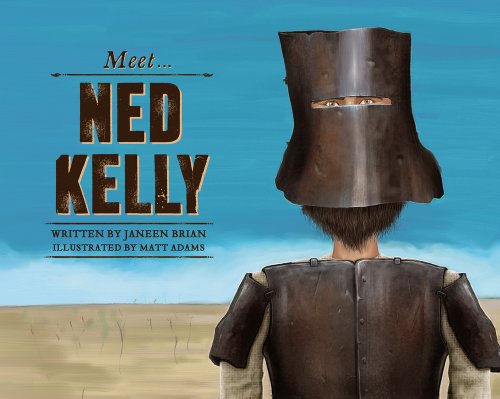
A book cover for Meet Ned Kelly (The Meet Series); Janeen Brian; Children's Books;